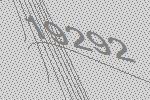
19292